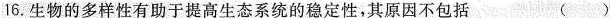
16.生物的多样性有助于提高生态系统的稳定性，其原因不包括( )